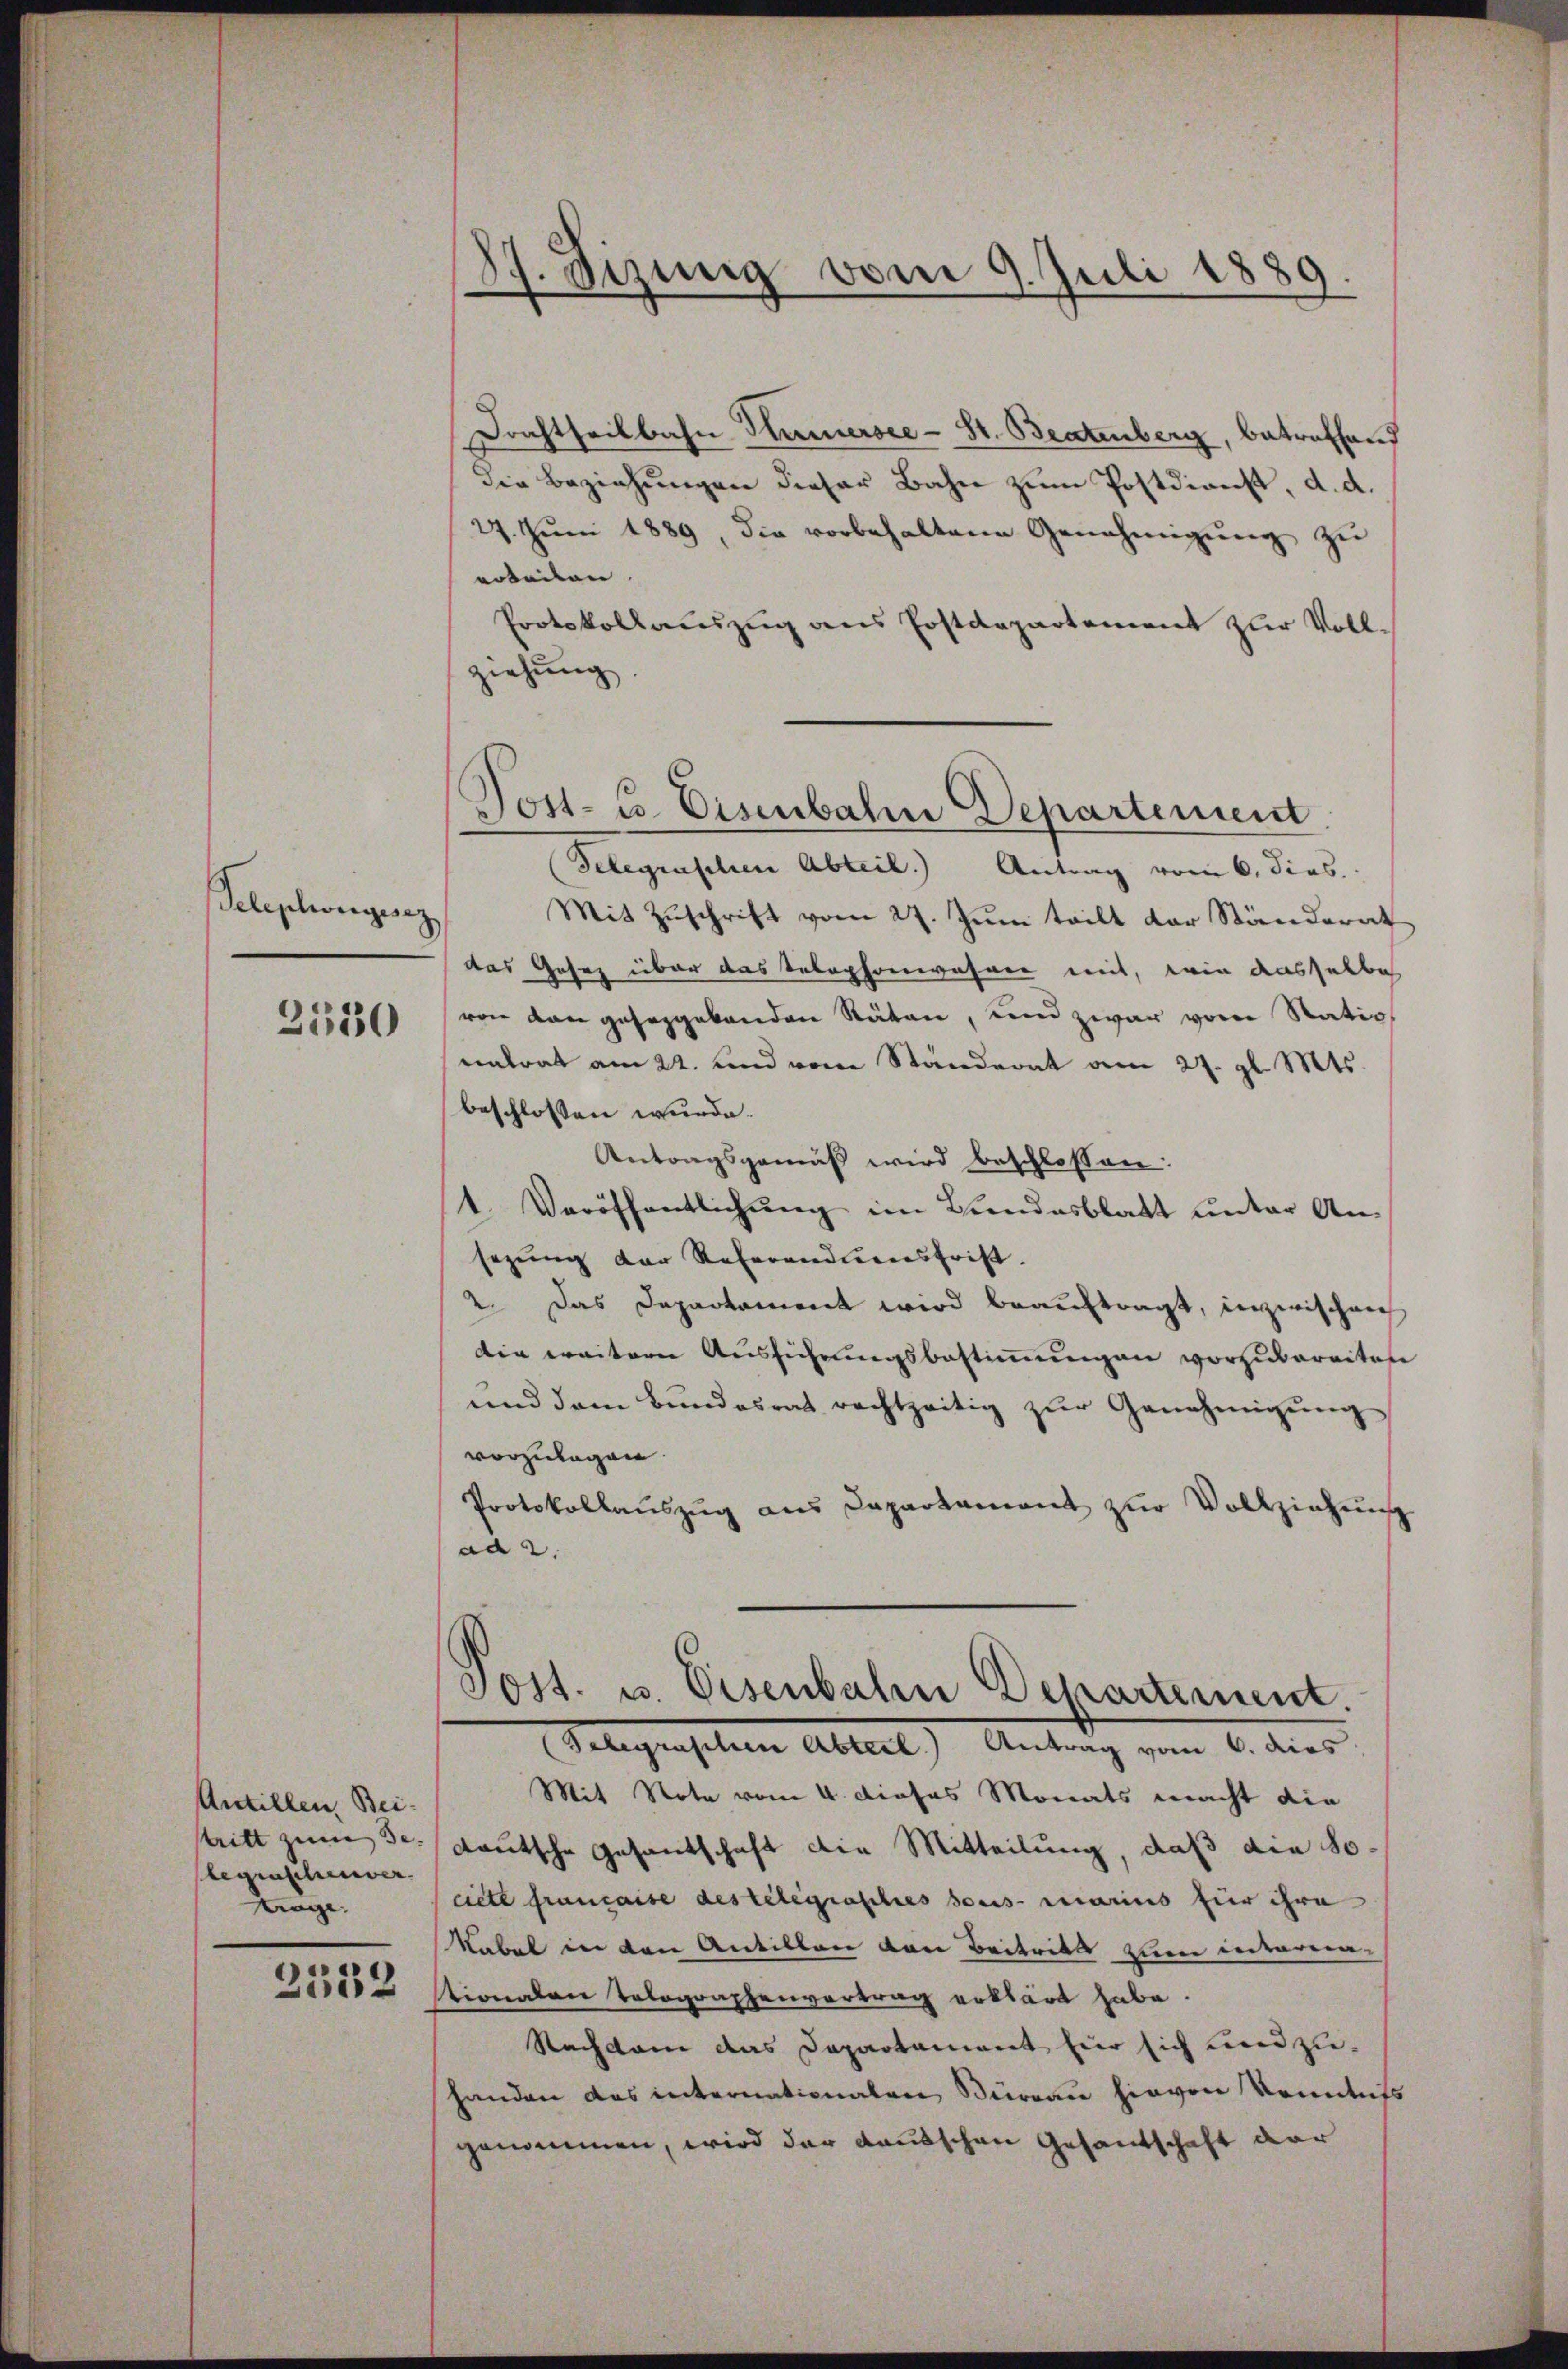
Telephongesez

2530

Antillen, Beitritt zum Be- |
legraschenver
Krage.
2132

87. Sizung vom 9. Juli 1889.

Drachtheilbahn Kamersee - St. Beatenberg, betreffend
die Beziehungen dieser Bahn zum Postdienst, d. d.
27. Juni 1889, die vorbehaltene Genehmigung zu
arbeiten. |
Protokollauszug aus Postdepartement zur Vollziehung.
Telegraschen Abteil. Antrag vom 6. dies
Mit Zuschrift vom 27. Juni teilt der Ständerat
das Gesez über das Telephonwahren mit, wie dasselbe
von von geseggebenden Räten, und zwar vom Natio
entrat am 22. und vom Ständerat am 27. gl. Mts.
beschlossen wurde.
Antragsgemäß wird beschlossen:
1. Veröffentlichŭng im Landesblatt unter An-
sezung der Referandiensfrist.
2. Das Departament wird beauftragt, inzwischen
Die weitern Ausführungsbestimmungen vorzubereiten
und dem Bundesrat rechtzeitig zur Genehmigung
vorzulagen.
Protokollaŭszŭg ans Departamant zŭr Vollziehung
ad 2.
Post. u. Eisenbahn Departement.
Selegraschien Abteil) Antrag vom 6. dies
Mit Note vom 4. dieses Monats macht die
deutsche Gesandschaft die Mitteilung, daß die Sociell française des telegrasches sous marius für ihre
Kabel in den Antillen den Beitritts zum interer-
stionalen Tolographenvertrag erklärt habe.
Nachdem das Departament für sich und zuhanden das internationalen Büreau hievon Kenntniss
genommen, wird der deutschen Gesandschaft dar

Post- u. Eisenbahn Departement